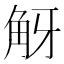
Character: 𧣐